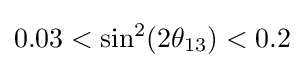
0.03<\sin ^{2}(2\theta _{13})<0.2